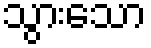
သွားသော